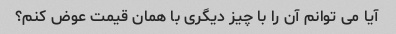
آیا می توانم آن را با چیز دیگری با همان قیمت عوض کنم؟